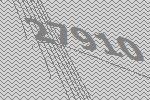
27910